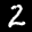
Label: 2